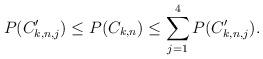
LaTeX: \begin{align*}P(C'_{k,n,j})\le P(C_{k,n})\le \sum_{j=1}^4P(C'_{k,n,j}). \end{align*}